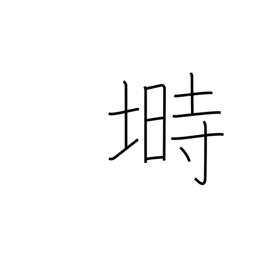
Meaning: hen coop